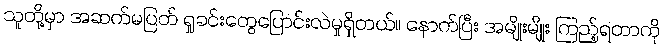
သူတို့မှာ အဆက်မပြတ် ရှုခင်းတွေပြောင်းလဲမှုရှိတယ်။ နောက်ပြီး အမျိုးမျိုး ကြည့်ရတာကို